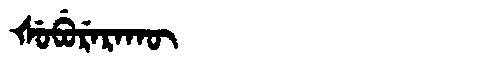
Manchu: ᡧᡠᠪᡠᡵᡝᡵᠠᡴᡡ
Romanization: ŠUBURERAKŪ